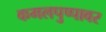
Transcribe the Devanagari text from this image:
कमलपुष्पावर